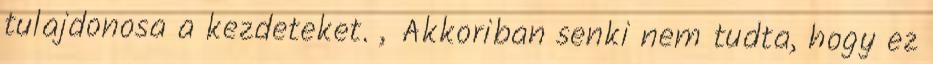
tulajdonosa a kezdeteket. „Akkoriban senki nem tudta, hogy ez